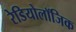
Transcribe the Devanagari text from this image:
रेडियोलॉजिक